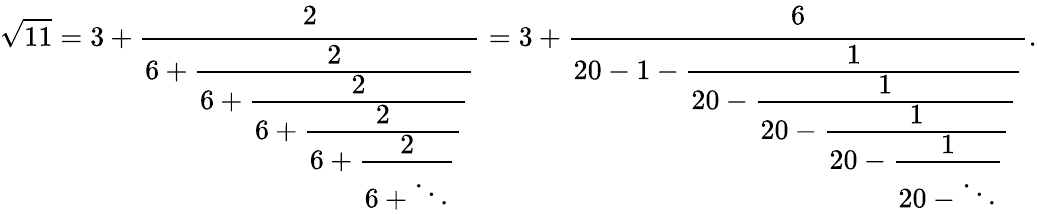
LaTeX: {\sqrt{11}}=3+{\cfrac{2}{6+{\cfrac{2}{6+{\cfrac{2}{6+{\cfrac{2}{6+{\cfrac{2}{6+\ddots}}}}}}}}}}=3+{\cfrac{6}{20-1-{\cfrac{1}{20-{\cfrac{1}{20-{\cfrac{1}{20-{\cfrac{1}{20-\ddots}}}}}}}}}}.